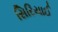
સિરિયાઈ